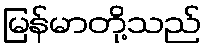
မြန်မာတို့သည်